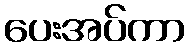
ပေးအပ်ကာ